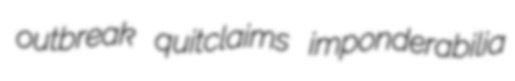
outbreak quitclaims imponderabilia